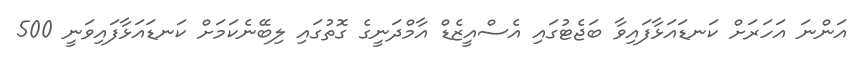
އަންނަ އަހަރަށް ކަނޑައަޅާފައިވާ ބަޖެޓުގައި އެސްއީޒެޑް އާމްދަނީގެ ގޮތުގައި ލިބޭނެކަމަށް ކަނޑައަޅާފައިވަނީ 500